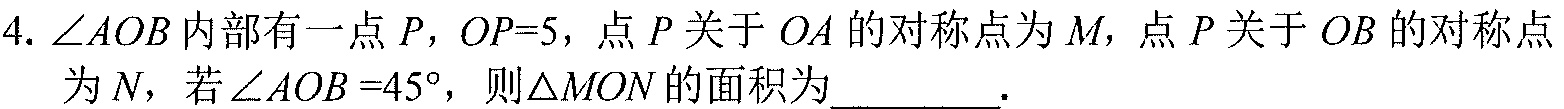
4. \(\angle AOB\)内部有一点\(P\)，\(OP = 5\)，点\(P\)关于\(OA\)的对称点为\(M\)，点\(P\)关于\(OB\)的对称点
为\(N\)，若\(\angle AOB = 45^{\circ}\)，则\(\triangle MON\)的面积为  ．